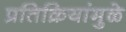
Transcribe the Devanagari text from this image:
प्रतिक्रियांमुळे